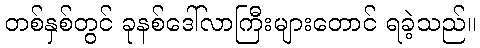
တစ်နှစ်တွင် ခုနစ်ဒေါ်လာကြီးများတောင် ရခဲ့သည်။